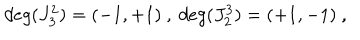
d e g ( J _ { 3 } ^ { 2 } ) = ( - 1 , + 1 ) \ , \ d e g ( J _ { 2 } ^ { 3 } ) = ( + 1 , - 1 ) \ ,